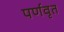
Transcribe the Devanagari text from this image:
पर्णवृत